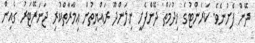
ދޭން ފެށުނެވެ. ކަރަންޓުގެ ޚިދުމަތް ދޭންފެށީ ނިލަންދޫ ރައްޔިތުން ޢިމާރާތްކުރި ޖަނަރޭޓަރު ގެއިން